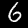
Digit: 6